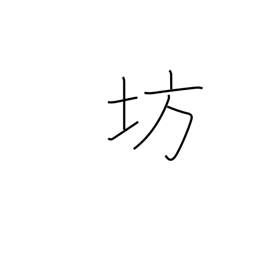
Meaning: boy